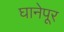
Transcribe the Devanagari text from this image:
घानेपूर